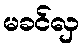
မခင်လှ